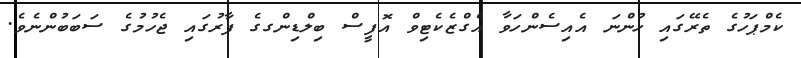
ކެމްޕަހުގެ ތެރޭގައި ހުންނަ އެއިސެންހަވާ އެގްޒެކެޓިވް އޮފީސް ބިލްޑިންގގެ ފާރުގައި ޖެހުމުގެ ސަބަބުންނެވެ.